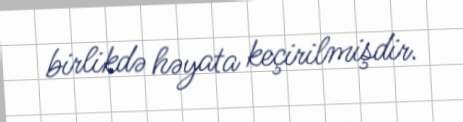
birlikdə həyata keçirilmişdir.